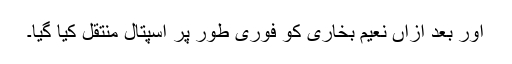
اور بعد ازاں نعیم بخاری کو فوری طور پر اسپتال منتقل کیا گیا۔